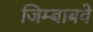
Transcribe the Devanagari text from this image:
जिम्बाबवे